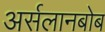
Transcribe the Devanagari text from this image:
अर्सलानबोब